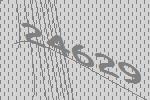
24629